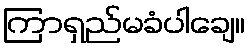
ကြာရှည်မခံပါချေ။